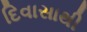
દિવાસાથી